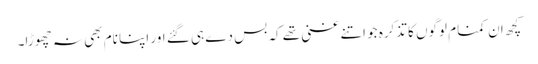
کچھ ان کمنام لوگوں کا تذکرہ جو اتنے غنی تھے کہ بس دے ہی گئے اور اپنا نام بھی نہ چھوڑا۔